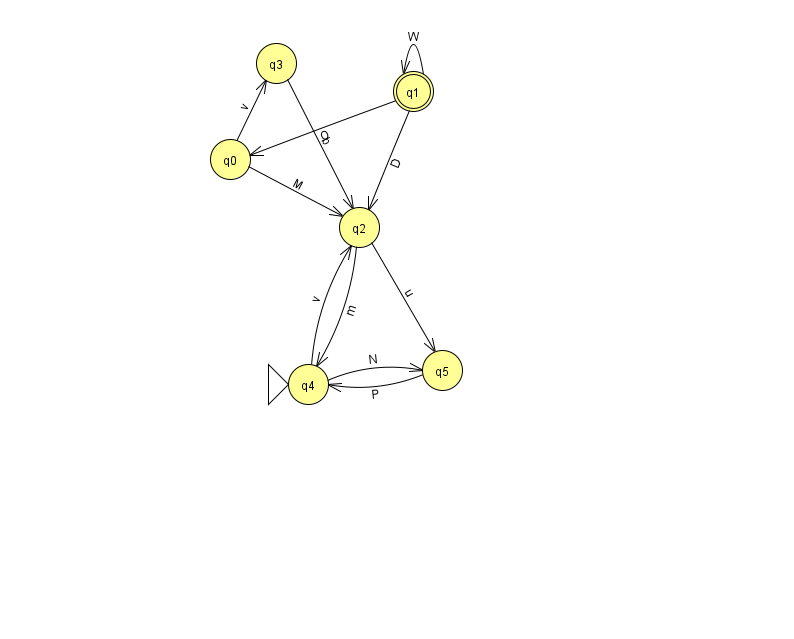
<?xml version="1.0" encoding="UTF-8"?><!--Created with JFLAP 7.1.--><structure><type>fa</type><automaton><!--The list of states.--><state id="0" name="q0"><x>230.0</x><y>146.0</y></state><state id="1" name="q1"><x>413.0</x><y>78.0</y><final/></state><state id="2" name="q2"><x>359.0</x><y>214.0</y></state><state id="3" name="q3"><x>276.0</x><y>50.0</y></state><state id="4" name="q4"><x>308.0</x><y>371.0</y><initial/></state><state id="5" name="q5"><x>442.0</x><y>357.0</y></state><!--The list of transitions.--><transition><from>2</from><to>4</to><read>m</read></transition><transition><from>1</from><to>2</to><read>D</read></transition><transition><from>5</from><to>4</to><read>P</read></transition><transition><from>1</from><to>1</to><read>W</read></transition><transition><from>3</from><to>2</to><read>b</read></transition><transition><from>4</from><to>5</to><read>N</read></transition><transition><from>1</from><to>0</to><read>O</read></transition><transition><from>0</from><to>3</to><read>v</read></transition><transition><from>0</from><to>2</to><read>M</read></transition><transition><from>4</from><to>2</to><read>v</read></transition><transition><from>2</from><to>5</to><read>u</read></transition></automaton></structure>